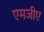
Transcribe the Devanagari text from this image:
एमजीए